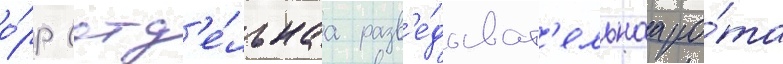
о́рр (отд'е́льнаа разв'е́дыват'ельнаа ро́та